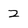
Character: Z